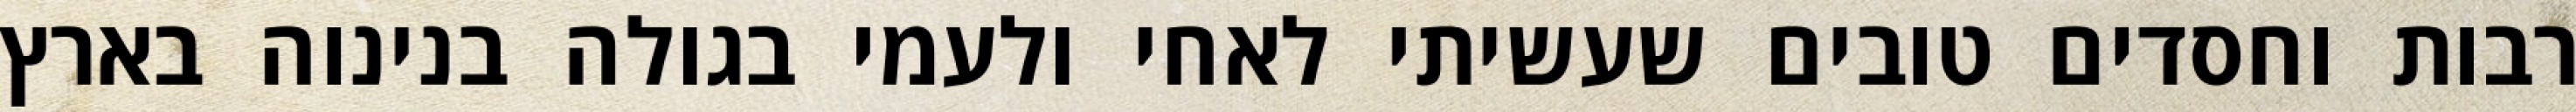
רבות וחסדים טובים שעשיתי לאחי ולעמי בגולה בנינוה בארץ